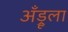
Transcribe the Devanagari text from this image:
अँड्रूला